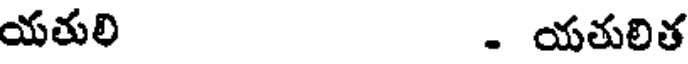
యతులి . యతులిత